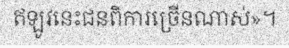
ឥឡូវនេះជនពិការច្រើនណាស់»។